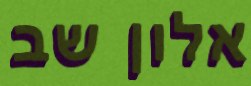
אלון שב